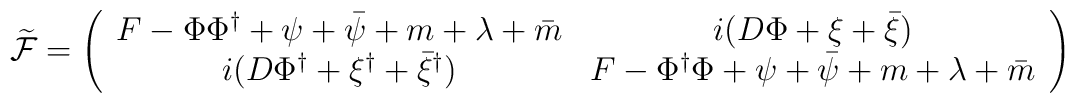
\widetilde{\cal F} = \left( \begin{array}{cc} F - \Phi \Phi^{\dag} + \psi + \bar{\psi} + m + \lambda + \bar{m}& i ( D \Phi + \xi + \bar{\xi}) \\ i ( D \Phi^{\dag} + \xi^{\dag} + \bar{\xi}^{\dag}) & F - \Phi^{\dag} \Phi + \psi + \bar{\psi} + m + \lambda + \bar{m}\end{array} \right)